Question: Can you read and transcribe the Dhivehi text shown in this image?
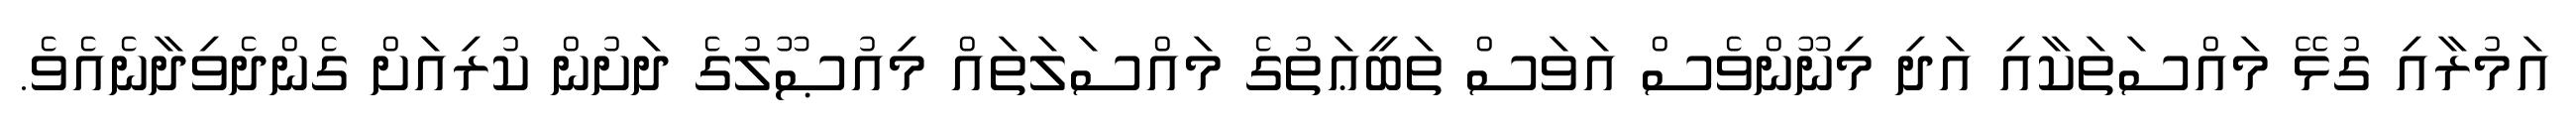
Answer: އަމުރާއި ގުޅޭ މައްސަތަކާއި އަދި މިނޫންވެސް އަވަސް ތަބީޢަތުގެ މައްސަލަތައް މިއުޞޫލުގެ ދަށުން ކުރިއަށް ގެންދެވިދާނެއެވެ.